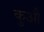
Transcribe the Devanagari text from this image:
कुऔ